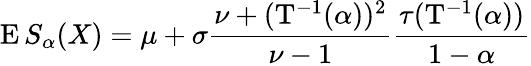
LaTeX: \operatorname{E}S_{\alpha}(X)=\mu+\sigma{\frac{\nu+(\mathrm{T}^{-1}(\alpha))^{2}}{\nu-1}}{\frac{\tau(\mathrm{T}^{-1}(\alpha))}{1-\alpha}}